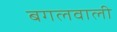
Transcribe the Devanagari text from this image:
बगलवाली